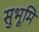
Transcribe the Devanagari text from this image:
सुभूमि